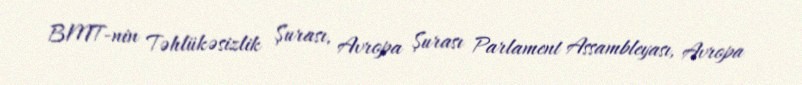
BMT-nin Təhlükəsizlik Şurası, Avropa Şurası Parlament Assambleyası, Avropa